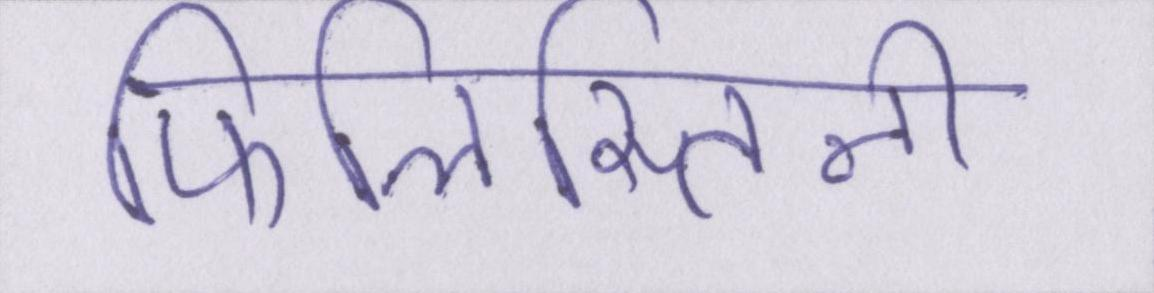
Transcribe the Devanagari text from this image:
फिलिस्तिनी